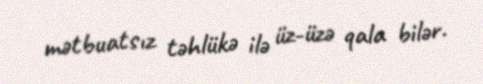
mətbuatsız təhlükə ilə üz-üzə qala bilər.